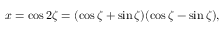
x = \cos 2 \zeta = ( \cos \zeta + \sin \zeta ) ( \cos \zeta - \sin \zeta ) ,